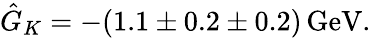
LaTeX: \hat{G}_{K}=-(1.1\pm 0.2\pm 0.2)\, \mathrm{GeV}.